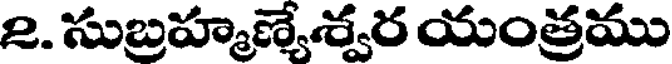
2. సుబ్రహ్మణ్యేశ్వర యంత్రము